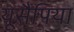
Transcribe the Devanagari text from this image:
यूसैपिया